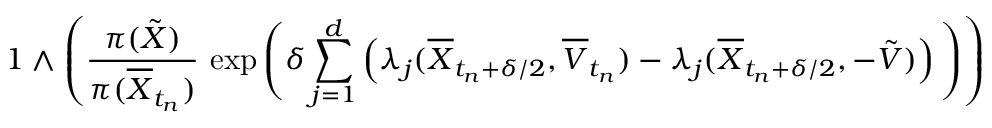
1 \wedge \left( \frac { \pi ( \tilde { X } ) } { \pi ( \overline { { X } } _ { t _ { n } } ) } \, \exp \Bigg ( \delta \sum _ { j = 1 } ^ { d } \left( \lambda _ { j } ( \overline { { X } } _ { t _ { n } + \delta / 2 } , \overline { { V } } _ { t _ { n } } ) - \lambda _ { j } ( \overline { { X } } _ { t _ { n } + \delta / 2 } , - \tilde { V } ) \right) \Bigg ) \right)